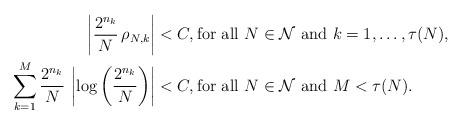
LaTeX: \begin{align*}\left|\frac{2^{n_{k}}}{N}\,\rho_{N,k}\right| & <C,\mbox{for all}\,\,N\in\mathcal{N}\,\,\mbox{and}\,\,k=1,\ldots,\tau(N), \\\sum_{k=1}^{M}\frac{2^{n_{k}}}{N}\,\left|\log\left(\frac{2^{n_{k}}}{N}\right)\right| & <C,\mbox{for all}\,\,N\in\mathcal{N}\,\,\mbox{and}\,\,M< \tau(N). \end{align*}